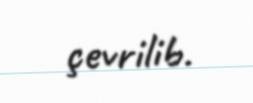
çevrilib.